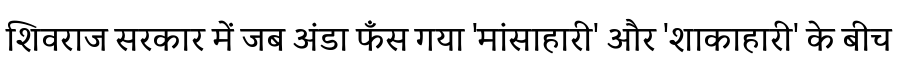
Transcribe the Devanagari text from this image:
शिवराज सरकार में जब अंडा फँस गया 'मांसाहारी' और 'शाकाहारी' के बीच